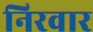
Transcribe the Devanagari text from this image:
निरवार